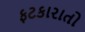
ફટકારાતો